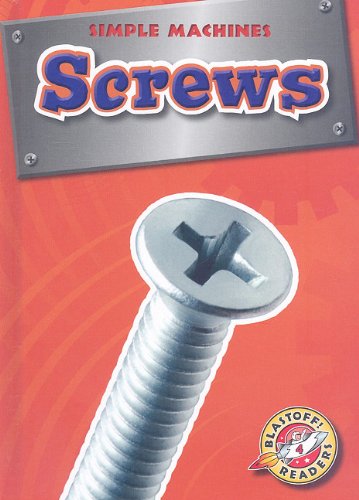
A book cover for Screws (Blastoff! Readers: Simple Machines) (Blastoff Readers. Level 4); Kay Manolis; Children's Books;